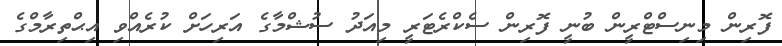
ފޮރިން މިނިސްޓްރީން ބުނީ ފޮރިން ސެކްރެޓަރީ މިއަދު ސުޝްމާގެ އަރިހަށް ކުރެއްވި އިޙްތިރާމްގެ